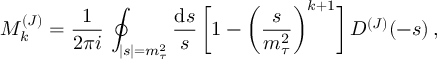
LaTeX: { \cal M } _ { k } ^ { ( J ) } = { \frac { 1 } { 2 \pi i } } \, \oint _ { | s | = m _ { \tau } ^ { 2 } } { \frac { \mathrm { d } s } { s } } \, \bigg [ 1 - \bigg ( { \frac { s } { m _ { \tau } ^ { 2 } } } \bigg ) ^ { k + 1 } \bigg ] \, D ^ { ( J ) } ( - s ) \, ,